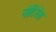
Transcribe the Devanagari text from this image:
नोटिसेस